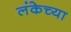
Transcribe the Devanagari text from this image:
लंकेच्या